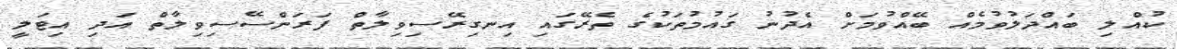
ކުއްލި ބައްދަލުވުމެއް ބޭއްވުމަށް އެދުނު ގައުމުތަކުގެ ތެރޭގައި އިނގިރޭސިވިލާތް ފަރަންސޭސިވިލާތް އަދި އިޓަލީ